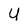
Character: U